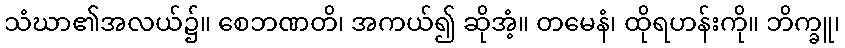
သံဃာ၏အလယ်၌။ စေဘဏတိ၊ အကယ်၍ ဆိုအံ့။ တမေနံ၊ ထိုရဟန်းကို။ ဘိက္ခူ၊